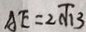
A E = 2 \sqrt { 1 3 }